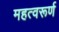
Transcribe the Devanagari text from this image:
महत्वरूर्ण